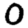
Digit: 0